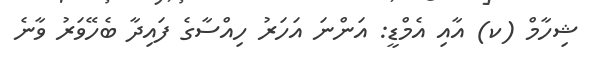
ޝިހާމް (ކ) އާއި އެމްޑީ: އަންނަ އަހަރު ހިއްސާގެ ފައިދާ ބެހޭވަރު ވާނެ